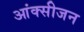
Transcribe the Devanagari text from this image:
आंक्सीजन